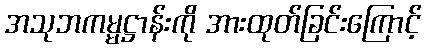
အသုဘကမ္မဋ္ဌာန်းကို အားထုတ်ခြင်းကြောင့်